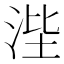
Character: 𰛭